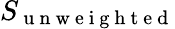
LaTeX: S_{\mathrm{~u~n~w~e~i~g~h~t~e~d~}}